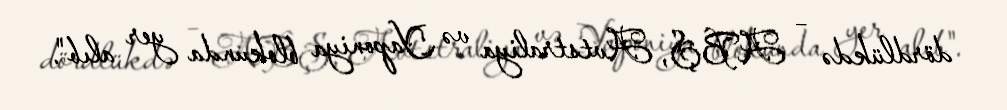
dördlükdə – ABŞ, Avtstraliya və Yaponiya blokunda yer alıb".